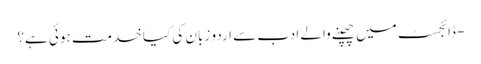
- ڈائجسٹ میں چھپنے والے ادب سے اردو زبان کی کیا خدمت ہوئی ہے؟